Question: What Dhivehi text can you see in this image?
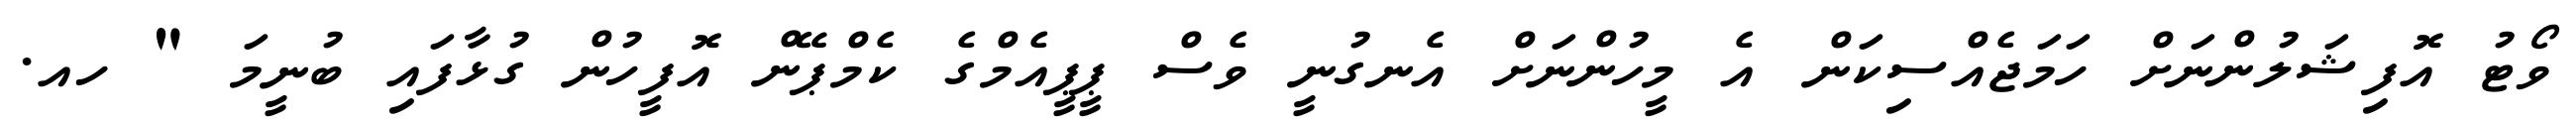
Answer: ވޯޓު އޮފިޝަލުންނަށް ހަމަޖެއްސިކަން އެ މީހުންނަށް އެނގުނީ ވެސް ޕީޕީއެމްގެ ކެމްޕޭން އޮފީހުން ގުޅާފައި ބުނީމަ " ހއ.